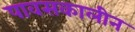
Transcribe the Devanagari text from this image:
पावसकालीन